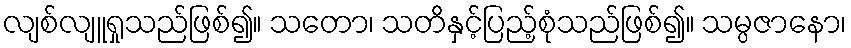
လျစ်လျူရှုသည်ဖြစ်၍။ သတော၊ သတိနှင့်ပြည့်စုံသည်ဖြစ်၍။ သမ္ပဇာနော၊